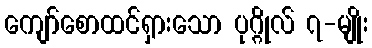
ကျော်စောထင်ရှားသော ပုဂ္ဂိုလ် ၇-မျိုး